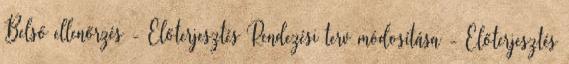
Belső ellenőrzés - Előterjesztés Rendezési terv módosítása - Előterjesztés